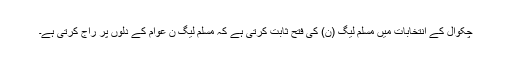
چکوال کے انتخابات میں مسلم لیگ (ن) کی فتح ثابت کرتی ہے کہ مسلم لیگ ن عوام کے دلوں پر راج کرتی ہے۔